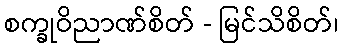
စက္ခုဝိညာဏ်စိတ် - မြင်သိစိတ်၊